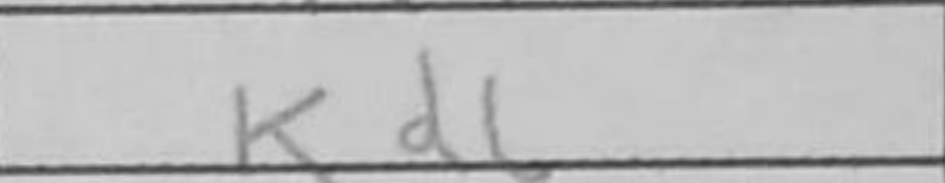
Transcription: Kd6